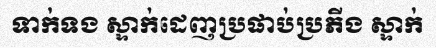
ទាក់ទង ស្ទាក់ដេញប្រផាប់ប្រភីង ស្ទាក់